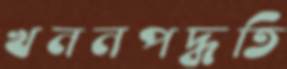
খননপদ্ধতি